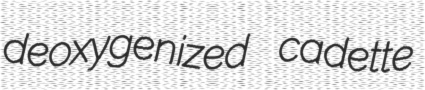
deoxygenized cadette